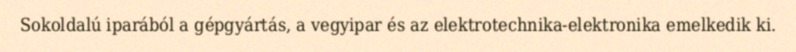
Sokoldalú iparából a gépgyártás, a vegyipar és az elektrotechnika-elektronika emelkedik ki.